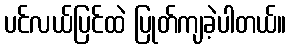
ပင်လယ်ပြင်ထဲ ပြုတ်ကျခဲ့ပါတယ်။